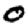
Digit: 0